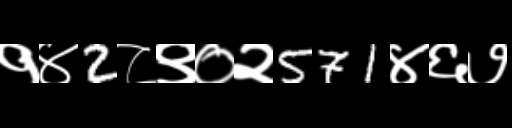
Text: १४2८९०२571४६७